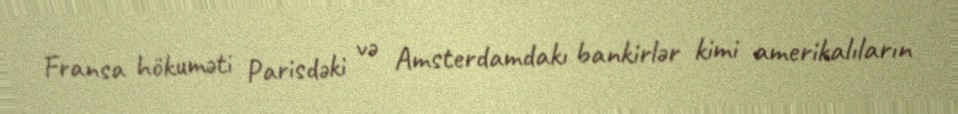
Fransa hökuməti Parisdəki və Amsterdamdakı bankirlər kimi amerikalıların